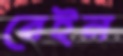
রেইন